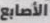
الأصابع